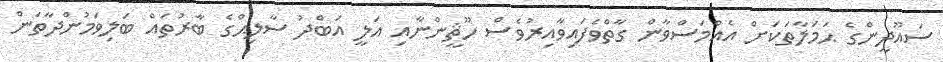
ސައޫދީންގެ ޙަމަލާތަކަށް އެއްމަސްވާން ގާތްވެފައިވާއިރުވެސް ހޫޘީންނާއި އަލީ އަބްދު ސާލިޙްގެ ބާރުތައް ބަލިވަމުންދާތަން